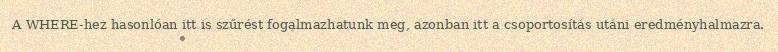
A WHERE-hez hasonlóan itt is szűrést fogalmazhatunk meg, azonban itt a csoportosítás utáni eredményhalmazra.